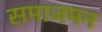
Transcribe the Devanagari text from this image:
समाजमन